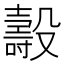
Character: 𣫐